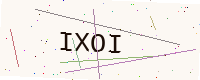
Text: IXOI